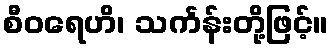
စီဝရေဟိ၊ သင်္ကန်းတို့ဖြင့်။